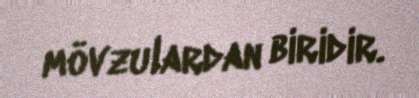
mövzulardan biridir.